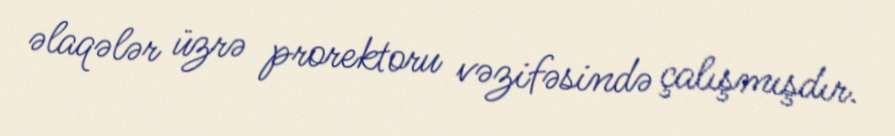
əlaqələr üzrə prorektoru vəzifəsində çalışmışdır.